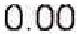
0.00